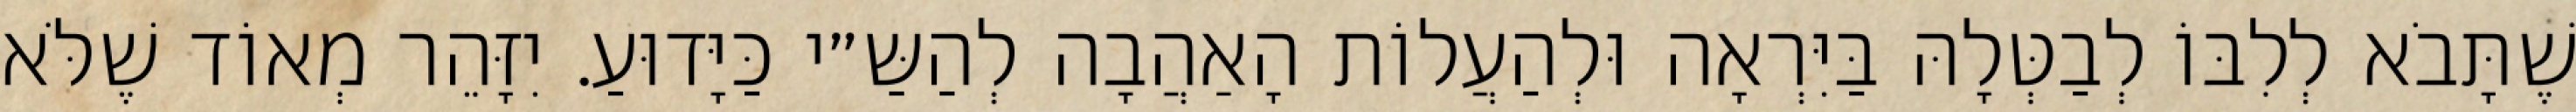
שֶׁתָּבֹא לְלִבּוֹ לְבַטְּלָהּ בַּיִּרְאָה וּלְהַעֲלוֹת הָאַהֲבָה לְהַשַּ״י כַּיָּדוּעַ. יִזָּהֵר מְאוֹד שֶׁלֹּא